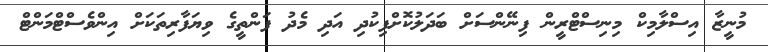
މުނީޒާ އިސްލާމިކް މިނިސްޓްރީން ފިނޭންސަށް ބަދަލުކޮށްފިކުދި އަދި މެދު ފަންތީގެ ވިޔަފާރިތަކަށް އިންވެސްޓްމަންޓް